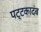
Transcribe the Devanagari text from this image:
पट्टकादंब